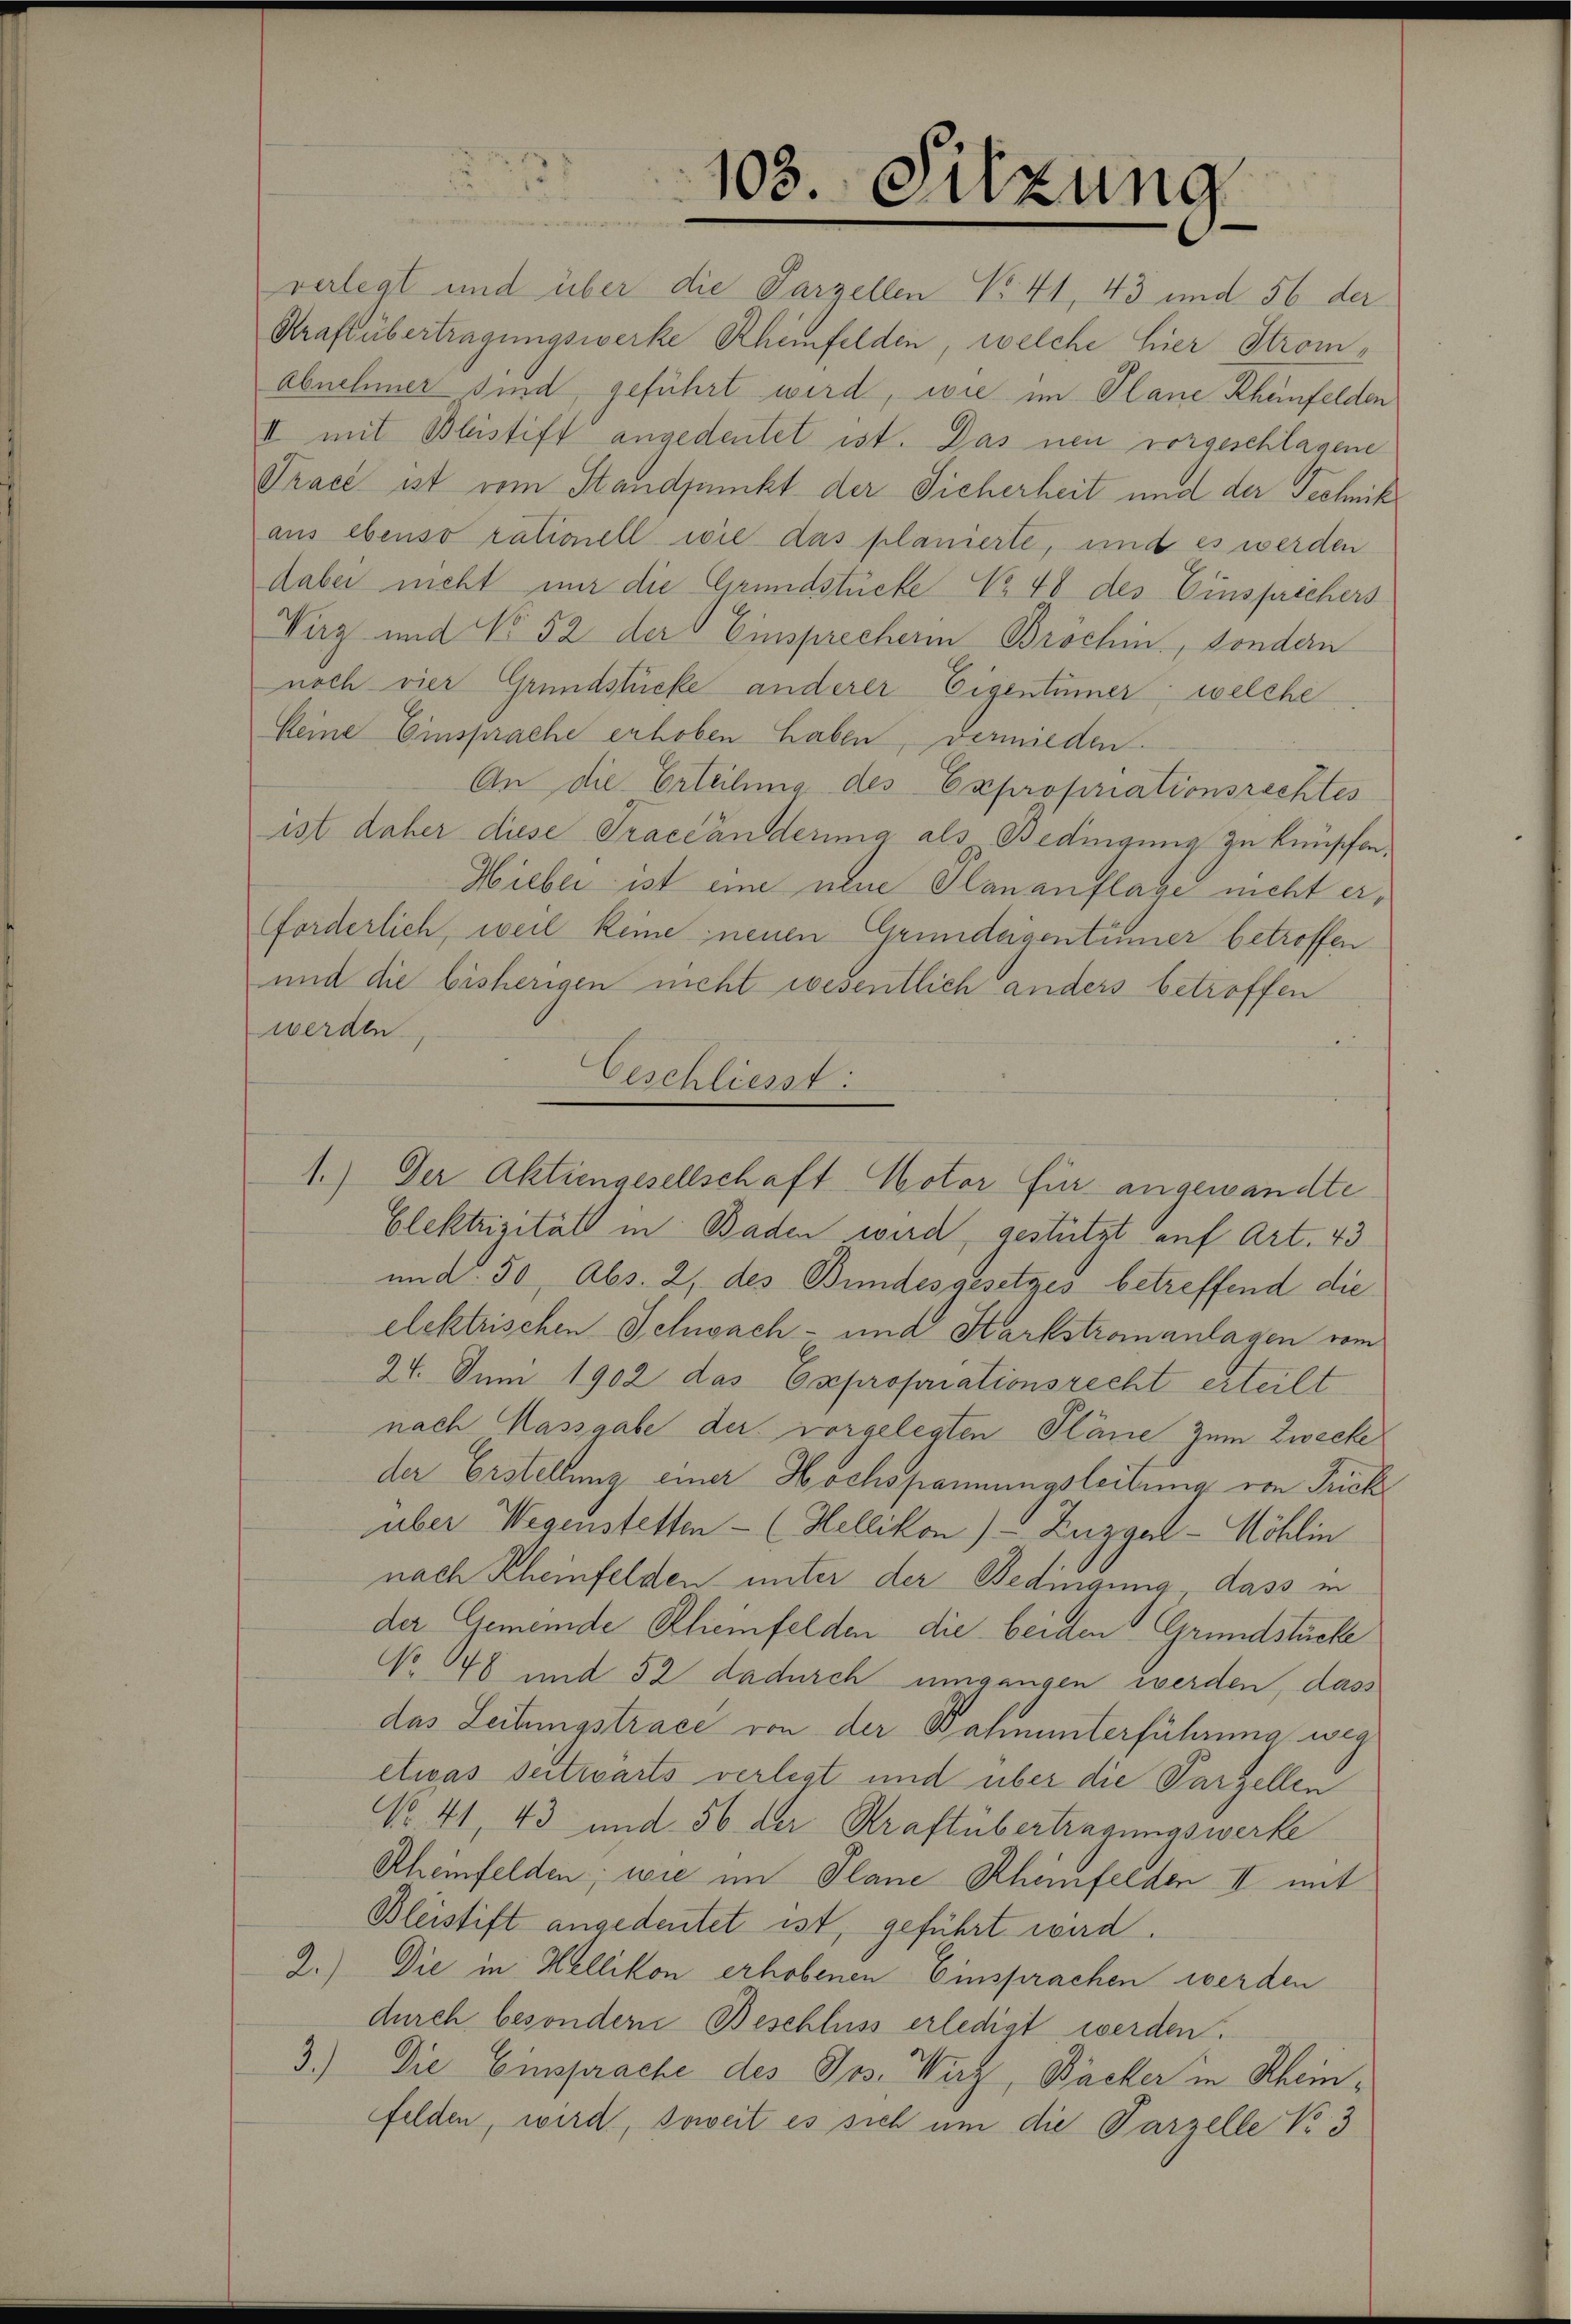
verlegt und über die Parzellen No. 41, 43 und 56 der
Kraft übertragungswerke Rheinfelden, welche hier Stromabnehmer sind, geführt wird, wie im Plane Rheinfelden
II mit Bleistift angedeutet ist. Das neu vorgeschlagene
Trace ist vom Standpunkt der Sicherheit und der Technik
aus ebenso rationell wie das planierte, und es werden
dabei nicht nur die Grundstücke No 48 des Einsprechers
Viz und No 52 der Einsprecherin Bröchin, sondern
noch vier Grundstücke anderer Eigentümer, welche
keine Einsprache erhoben haben, vermieden.
An die Erteilung des Expropriationsrechtes
ist daher diese Traceanderina als Bedingung zu knüpfen,
Hiebei ist eine neue Plananflase nicht erforderlich, weil keine neuen Grundeigentümer betroffen
und die bisherigen nicht wesentlich anders betroffen
werden.
Elektrisität in Baden wird, gestützt auf Art. 43
und 50, Abs. 2, des Bundesgesetzes betreffend die
elektrischen Schwach- und Sarkstromanlagen vom
24. Juni 1902 das Expropriationsrecht erteilt
nach Massgabe der vorgelegten Pläne zum Zwecke
der Erstellung einer Hochspannungsleitung von Frick
über Wegenstetten - (Hellikon) - Zuzgat-Möhlin
nach Rheinfelden unter der Bedingung, dass in
der Gemeinde Klienfelden die beiden Grundstücke
No 48 und 52 dadurch umgangen werden, dass
das Leitungstrace von der Bahnunterführung weg
etwas seitwärts verlegt und über die Parzellen
No. 41, 43 und 56 der Kraftübertragungswerke
Rheinfelden, wie im Plane Rheinfelden II mit
Bleistift angedeutet ist, geführt wird.
2.) Die in Hellikon erhobenen Einsprachen werden
durch besondern Beschluss erledigt werden.
3.) Die Einsprache des Jos. Wirz, Bäcker in Rheinfelden, wird, soweit es sich um die Parzelle No 3

103. Sitzung

Geschliesst:

1.) Der Aktiengesellschaft Motor für angewandte